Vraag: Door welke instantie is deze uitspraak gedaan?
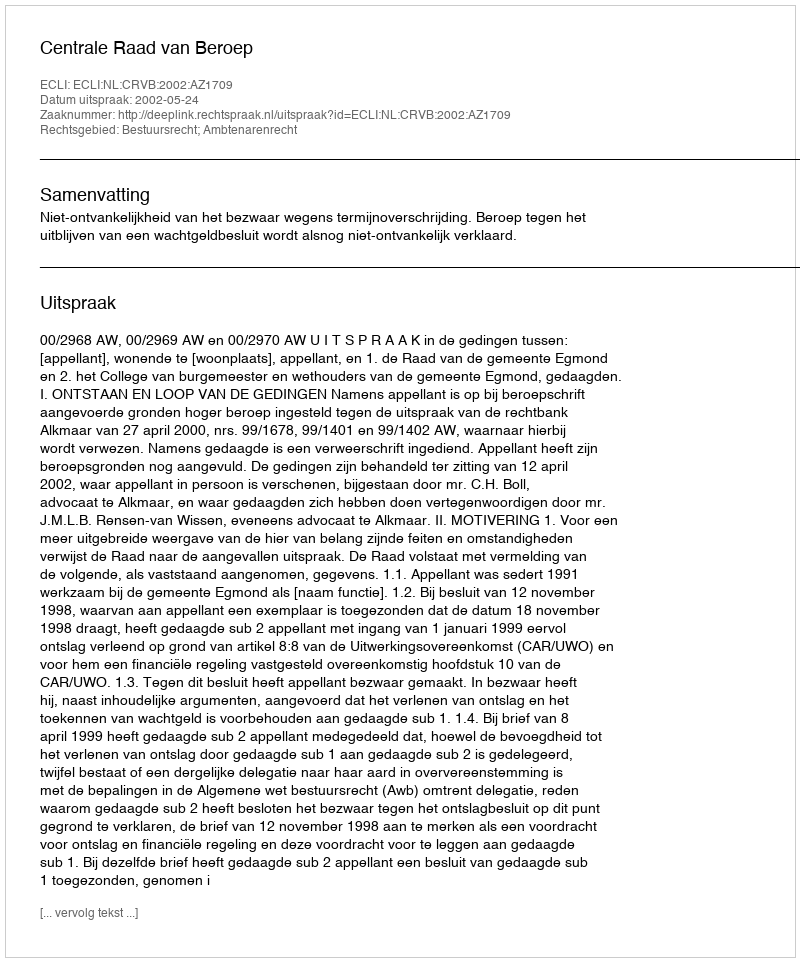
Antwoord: Centrale Raad van Beroep